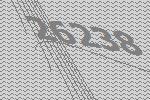
26238